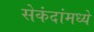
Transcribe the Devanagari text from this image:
सेकंदांमध्ये